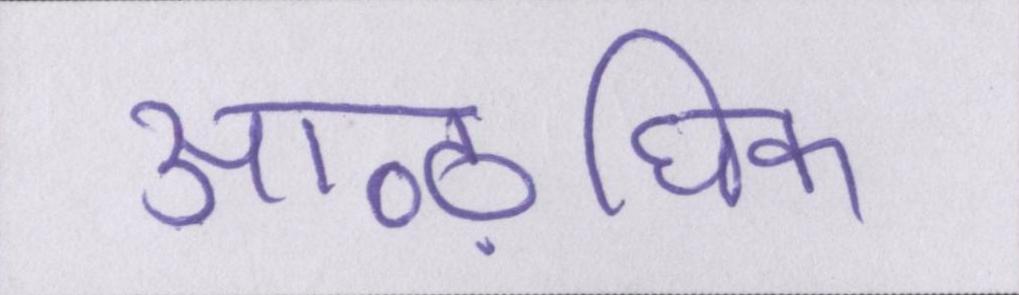
आऴधिक